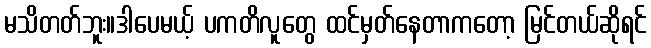
မသိတတ်ဘူး။ဒါပေမယ့် ပကတိလူတွေ ထင်မှတ်နေတာကတော့ မြင်တယ်ဆိုရင်